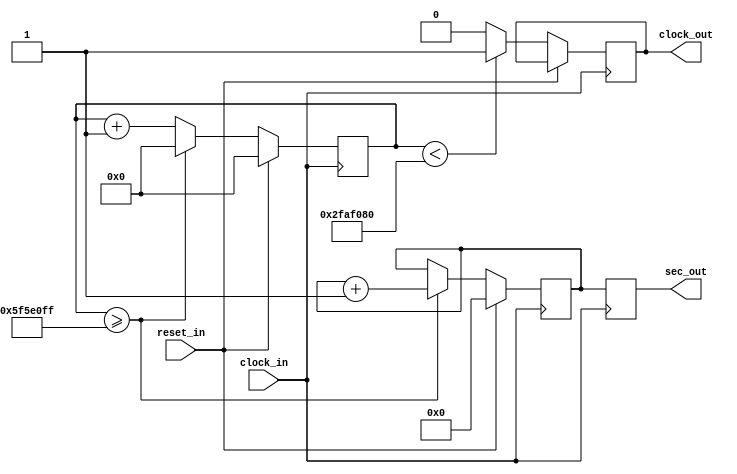
module onesecondclock(
    input clock_in,
    input reset_in,
    output reg clock_out,
    output reg [31:0] sec_out
);

reg[27:0] counter; //this is for the 1 sec clock, only reset when reset is pressed or when >= 100000000 - 1
parameter HURTS = 28'd100000000;   // this brings the clock divider to one second operation (ie 1 hz)

reg [31:0] seconds_counter; //elapsed seconds

initial begin
    seconds_counter = 0;
    counter = 28'd0;
end


always @(posedge clock_in)
begin
    if (reset_in)
    begin
        counter <= 28'd0;
        seconds_counter <= 32'd0;
    end
    else // Normal operation
    begin
        counter <= counter + 28'd1; //increment
        if(counter >= (HURTS-1)) //sets counter back to zero to to bit overflow
        begin
            counter <= 28'd0;
            seconds_counter <= seconds_counter + 32'd1; // Increment the time in seconds counter
        end
        clock_out <= (counter < HURTS/2) ? 1'b1 : 1'b0; //if counter is less than half of divisor, set clock high, otherwise set clock low (ie makes clock both high and low per cycle)
    end

    sec_out = seconds_counter;

end


endmodule